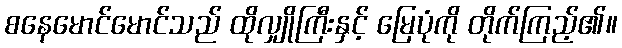
စနေမောင်မောင်သည် ထိုလျှိုကြီးနှင့် မြေပုံကို တိုက်ကြည့်၏။